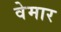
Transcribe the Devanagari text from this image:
वेमार